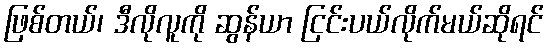
ဖြစ်တယ်၊ ဒီလိုလူကို ဆွန်ယာ ငြင်းပယ်လိုက်မယ်ဆိုရင်